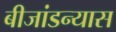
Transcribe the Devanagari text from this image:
बीजांडन्यास